Indian journal of veterinary science and animal husbandry - Volume 11,
Year: 1941
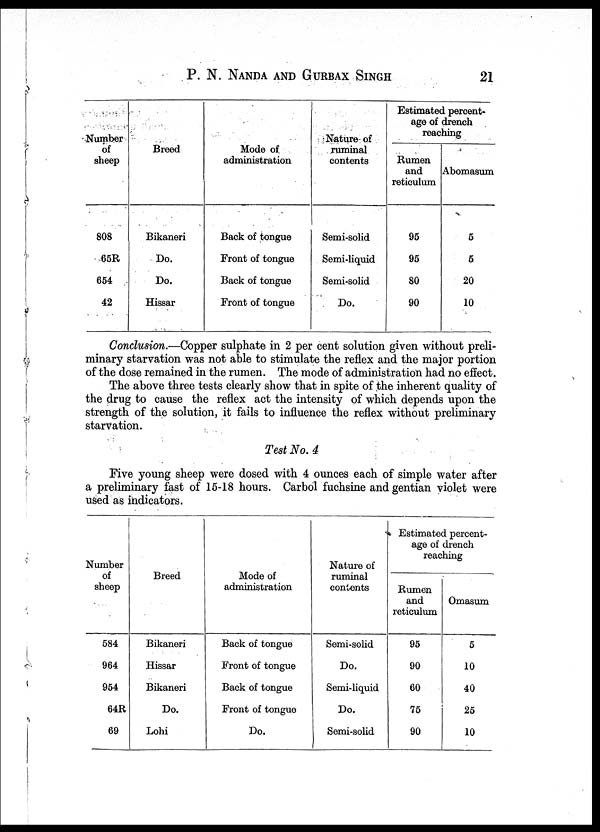
P. N. NANDA AND GURBAX SINGH 21
Number
of
sheep
808
65R
654
42
Breed
Bikaneri
Do.
Do.
Hissar
Mode of
administration
Back of tongue
Front of tongue
Back of tongue
Front of tongue
Nature of
ruminal
contents
Semi-solid
Semi-liquid
Semi-solid
Do.
Estimated percent-
age of drench
reaching
Rumen
and
reticulum
95
95
80
90
Abomasum
5
5
20
10
Conclusion.—Copper sulphate in 2 per cent solution given without preli-
minary starvation was not able to stimulate the reflex and the major portion
of the dose remained in the rumen. The mode of administration had no effect.
The above three tests clearly show that in spite of the inherent quality of
the drug to cause the reflex act the intensity of which depends upon the
strength of the solution, it fails to influence the reflex without preliminary
starvation.
Test No. 4
Five young sheep were dosed with 4 ounces each of simple water after
a preliminary fast of 15-18 hours. Carbol fuchsine and gentian violet were
used as indicators.
Number
of
sheep
584
964
954
64R
69
Breed
Bikaneri
Hissar
Bikaneri
Do.
Lohi
Mode of
administration
Back of tongue
Front of tongue
Back of tongue
Front of tongue
Do.
Nature of
ruminal
contents
Semi-solid
Do.
Semi-liquid
Do.
Semi-solid
Estimated percent-
age of drench
reaching
Rumen
and
reticulum
95
90
60
75
90
Omasum
5
10
40
25
10